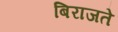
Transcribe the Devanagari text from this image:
बिराजते